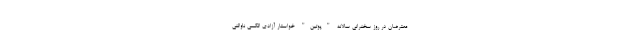
معترضان در روز سخنرانی سالانه "پوتین" خواستار آزادی الکسی ناوالنی